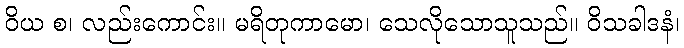
ဝိယ စ၊ လည်းကောင်း။ မရိတုကာမော၊ သေလိုသောသူသည်။ ဝိသခါဒနံ၊